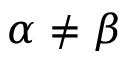
\alpha \neq \beta